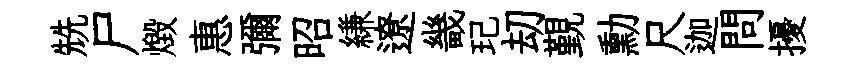
兟尸燬惠彌昭縑遼畿玘刧覲勳尺迦問擾